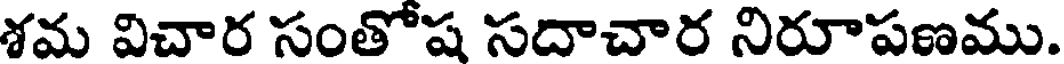
శమ విచార సంతోష సదాచార నిరూపణము.